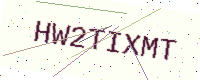
Text: HW2TIXMT